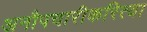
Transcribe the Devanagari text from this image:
अनौपचारीकरित्या